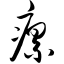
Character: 瘰